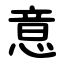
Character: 意